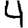
Digit: 4